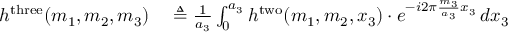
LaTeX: \begin{array} { r l } { h ^ { \mathrm { t h r e e } } ( m _ { 1 } , m _ { 2 } , m _ { 3 } ) } & { { } \triangleq { \frac { 1 } { a _ { 3 } } } \int _ { 0 } ^ { a _ { 3 } } h ^ { \mathrm { t w o } } ( m _ { 1 } , m _ { 2 } , x _ { 3 } ) \cdot e ^ { - i 2 \pi { \frac { m _ { 3 } } { a _ { 3 } } } x _ { 3 } } \, d x _ { 3 } } \end{array}